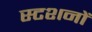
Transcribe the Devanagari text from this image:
स्टशनों